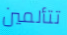
تتألمين